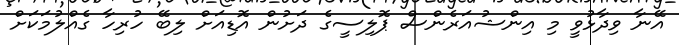
އޭނާ ވިދާޅުވީ މި އިންޝުއަރެންސް ޕޮލިސީގެ ދަށުން އޮޑިއަށް ލިބޭ ހުރިހާ ގެއްލުމަކަށް